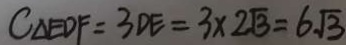
C _ { \Delta E D F } = 3 D E = 3 \times 2 \sqrt { 3 } = 6 \sqrt { 3 }